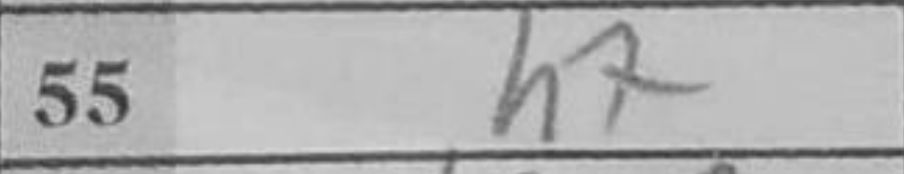
Transcription: h7